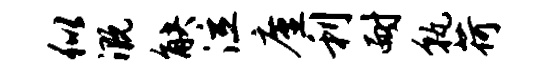
似溉觖泣廑利耐孰荷